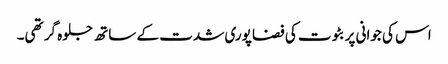
اس کی جوانی پر بٹوت کی فضا پوری شدت کے ساتھ جلوہ گر تھی۔